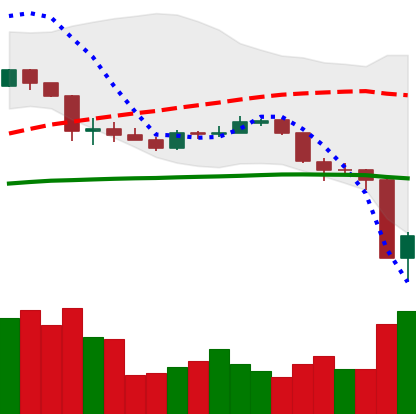
Ticker: ADA-USD
Chart end date: 2020-03-13
Forward return: -10.905%
Label: down_7plus